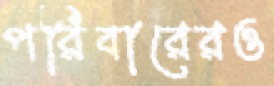
পরিবারেরও